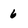
Character: 6